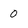
Character: 0